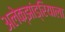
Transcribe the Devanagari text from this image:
अलेक्झांड्रियाला